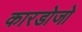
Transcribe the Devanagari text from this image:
कारडोजो